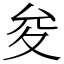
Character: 夋